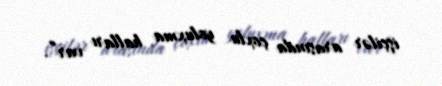
işçilər arasında çoxlu yoluxma halları var”.